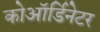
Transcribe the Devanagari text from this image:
कोऑर्डिनेटर